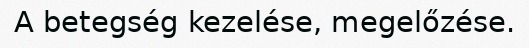
A betegség kezelése, megelőzése.